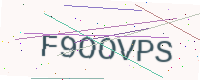
Text: F9OOVPS